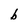
Character: b